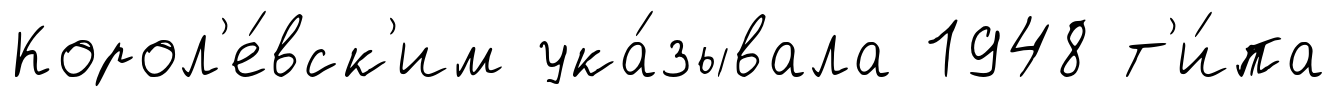
Корол'е́вск'им ука́зывала 1948 т'и́па